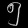
Digit: ၅